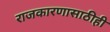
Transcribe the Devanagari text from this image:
राजकारणासाठीही